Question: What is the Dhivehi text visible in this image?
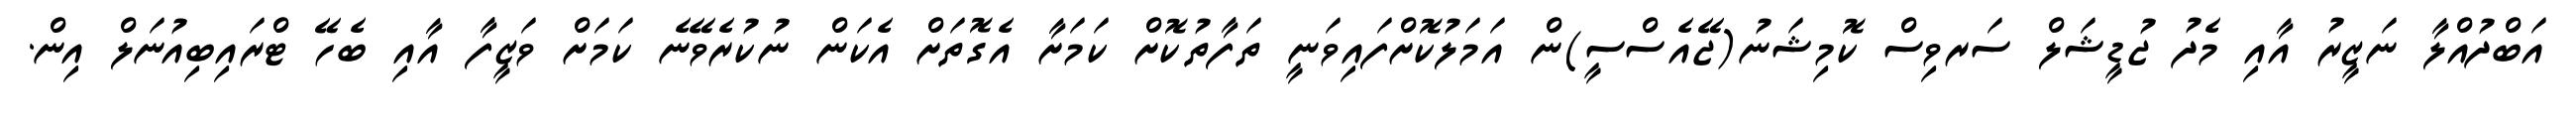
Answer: އަބްދުއްލާ ނަޒީރު އާއި މެދު ޖުޑީޝަލް ސަރވިސް ކޮމިޝަނު(ޖޭއެސްސީ)ން އަމަލުކޮށްފައިވަނީ ތަފާތުކޮށް ކަމަށާ އެގޮތަށް އެކަން ނުކުރެވޭނެ ކަމަށް ވަޒީފާ އާއި ބެހޭ ޓްރައިބިއުނަލް އިން.